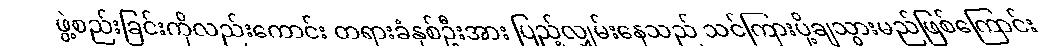
ဖွဲ့စည်းခြင်းကိုလည်းကောင်း တရားခံနှစ်ဦးအား ပြည့်လျှမ်းနေသည် သင်ကြားပို့ချသွားမည်ဖြစ်ကြောင်း